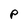
Character: P